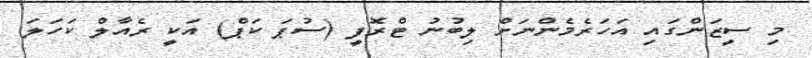
މި ސީޒަންގައި އަހަރެމެންނަށް ލިބުނު ޓްރޮފީ (ސުޕަ ކަޕް) އަކީ ރެއާލް ކަހަލަ